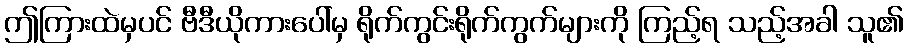
ဤကြားထဲမှပင် ဗီဒီယိုကားပေါ်မှ ရိုက်ကွင်းရိုက်ကွက်များကို ကြည့်ရ သည့်အခါ သူ၏